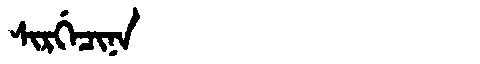
Manchu: ᠰᡳᡵᡤᡝᠴᡳᠨᠠ
Romanization: SIRGECINA